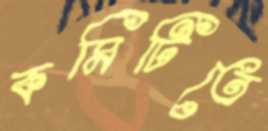
কমিটিতে